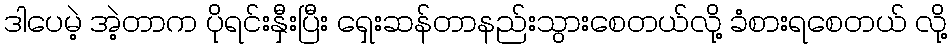
ဒါပေမဲ့ အဲ့တာက ပိုရင်းနှီးပြီး ရှေးဆန်တာနည်းသွားစေတယ်လို့ ခံစားရစေတယ် လို့